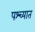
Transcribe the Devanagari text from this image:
पश्‍च्यात